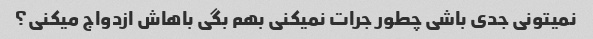
نمیتونی جدی باشی چطور جرات نمیکنی بهم بگی باهاش ​​ازدواج میکنی؟